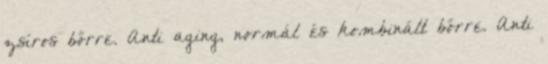
zsíros bőrre. Anti aging, normál és kombinált bőrre. Anti